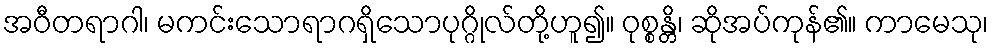
အဝီတရာဂါ၊ မကင်းသောရာဂရှိသောပုဂ္ဂိုလ်တို့ဟူ၍။ ဝုစ္စန္တိ၊ ဆိုအပ်ကုန်၏။ ကာမေသု၊